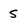
Character: 5